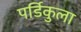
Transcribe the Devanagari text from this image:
पर्डिकुला